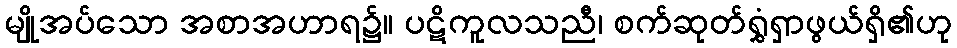
မျိုအပ်သော အစာအဟာရ၌။ ပဋိကူလသညီ၊ စက်ဆုတ်ရွှံရှာဖွယ်ရှိ၏ဟု